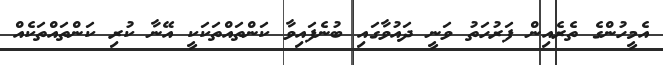
އެމީހުންގެ ތެރެއިން ފަރުހަތު ވަނީ ދައުވާގައި ބުނެފައިވާ ކަންތައްތަކަކީ އޭނާ ކުރި ކަންތައްތަކެއް